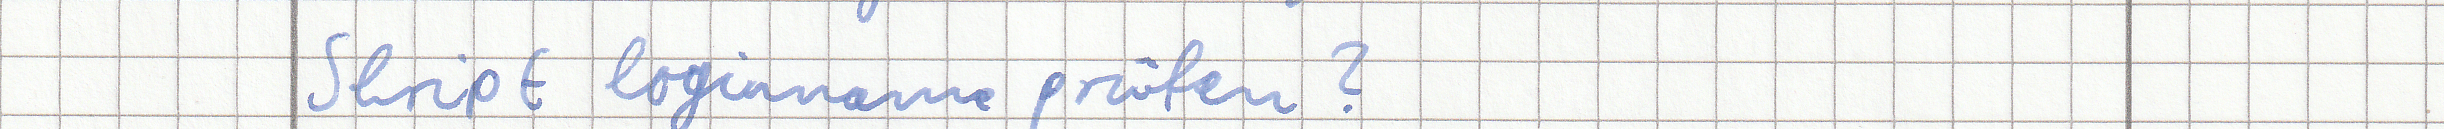
Skript loginname prüfen?